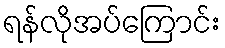
ရန်လိုအပ်ကြောင်း